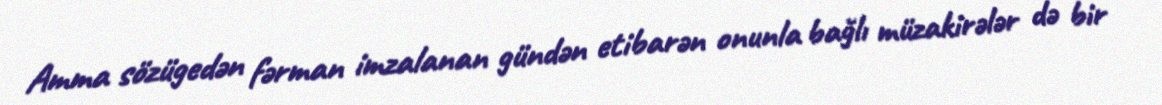
Amma sözügedən fərman imzalanan gündən etibarən onunla bağlı müzakirələr də bir